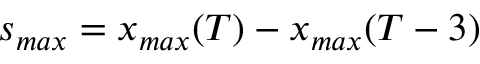
s _ { m a x } = x _ { m a x } ( T ) - x _ { m a x } ( T - 3 )